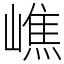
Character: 嶕